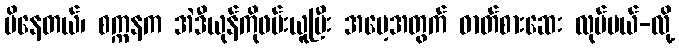
မိနေတယ်၊ စက္ကနက အဲဒီယုန်ကိုဖမ်းယူပြီး အမေ့အတွက် ဓာတ်စားဆေး လုပ်မယ်-လို့